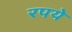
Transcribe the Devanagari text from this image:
रपये